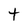
Character: t